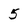
Character: 5